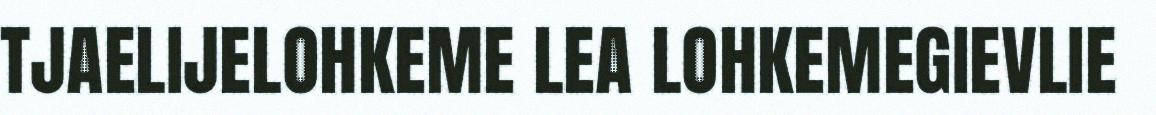
TJAELIJELOHKEME LEA LOHKEMEGIEVLIE